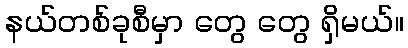
နယ်တစ်ခုစီမှာ တွေ တွေ ရှိမယ်။